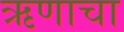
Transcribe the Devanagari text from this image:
ऋणाचा